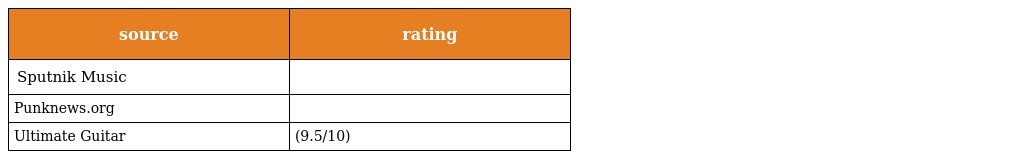
| source | rating |
 | --- | --- |
 | Sputnik Music |  |
 | Punknews.org |  |
 | Ultimate Guitar | (9.5/10) |